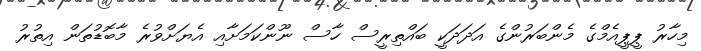
މިހާރު ޕީޕީއެމްގެ މެންބަރުންގެ އަދަދަކީ ބައްތިރީސް ހާސް ނޫންކަމަށާއި އެޔަށްވުރެ މާބޮޑުތަން އިތުރު